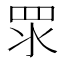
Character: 眔